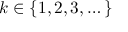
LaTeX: k \in \{ 1 , 2 , 3 , \dots \}